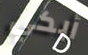
أبكي